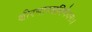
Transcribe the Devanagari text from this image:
क्षीरभाण्डविभेदनः।